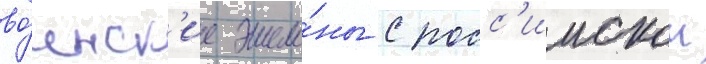
во́инск'ие эшело́ны с росс'иискои